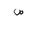
Letter: _sad